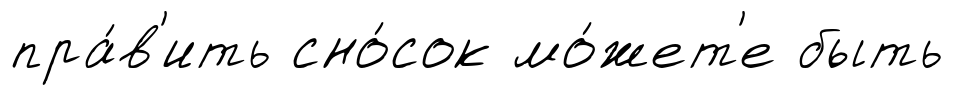
пра́в'ить сно́сок мо́жет'е быть